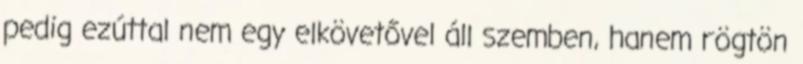
pedig ezúttal nem egy elkövetővel áll szemben, hanem rögtön